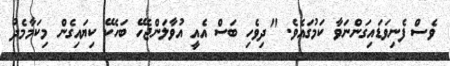
ވެސް ފެނިވަޑައިގަންނަވާ ކަމުގައެވެ. "ދިވެހި ބަސް އެއީ އުވާލަންޖެހޭ ބަހެކޭ ކިޔައިގެން މިކަމާމެދު